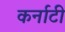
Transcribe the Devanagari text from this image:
कर्नाटी